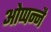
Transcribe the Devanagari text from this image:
ओप्पन्नै